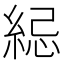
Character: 䋟